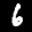
Label: 6